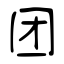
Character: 团